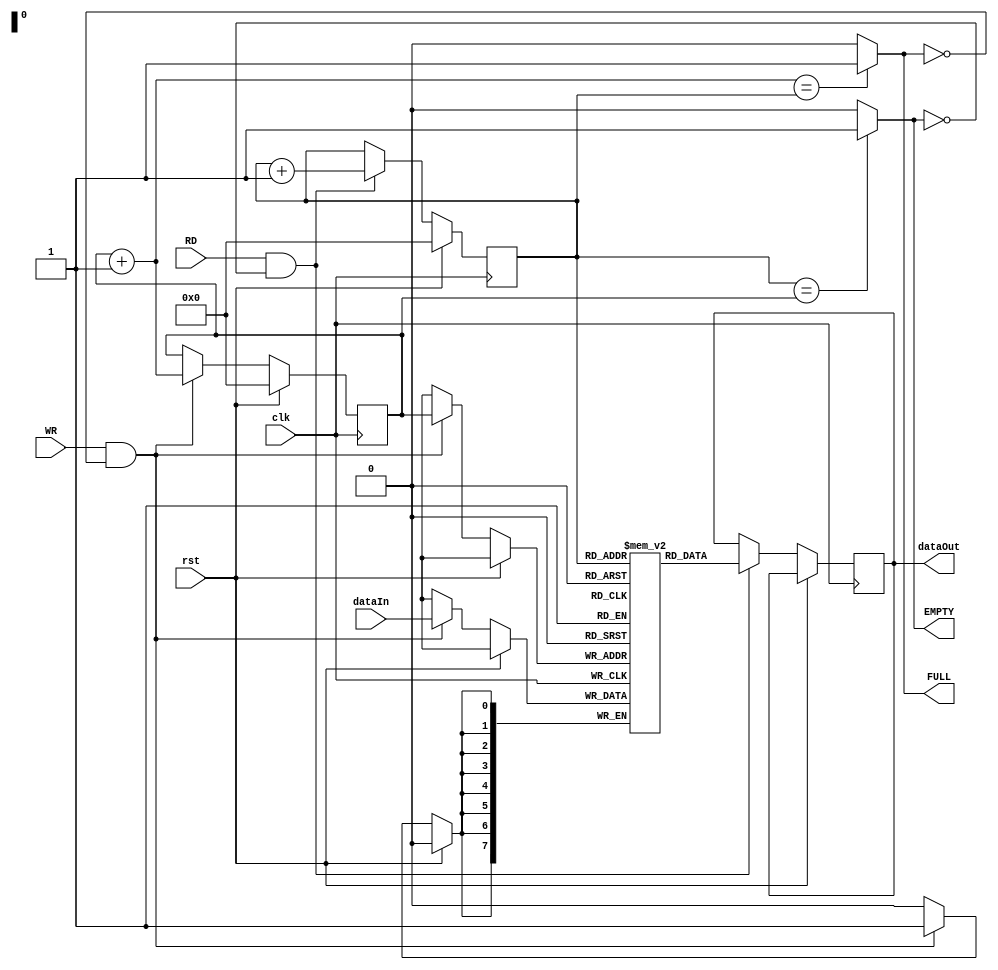
`timescale 1ns / 1ps
//////////////////////////////////////////////////////////////////////////////////
// Company: 
// Engineer: 
// 
// Design Name: 
// Module Name: IOFIFO16bit
// Project Name: 
// Target Devices: 
// Tool Versions: 
// Description: 
// 
// Dependencies: 
// 
// Revision:
// Revision 0.01 - File Created
// Additional Comments:
// 
//////////////////////////////////////////////////////////////////////////////////


module inputFIFO8bit(
    input clk,
    input [7:0] dataIn,
    input RD,
    input WR,
    input rst,
    output reg [7:0] dataOut,
    output EMPTY,
    output FULL
    );
    
    wire [7:0] nextWrite;
    reg [7:0] FIFO [255:0];
    reg [7:0] readIndex = 0; 
    reg [7:0] writeIndex = 0;
    
    assign nextWrite = writeIndex + 1;
    assign EMPTY = (readIndex == writeIndex)? 1'b1:1'b0;
    assign FULL = (nextWrite == readIndex)? 1'b1:1'b0;
    
    always @(posedge clk) begin
        if ( rst ) begin 
            readIndex <= 0; 
            writeIndex <= 0;
        end
        else begin
        if ( RD == 1 && ~EMPTY ) begin
            dataOut <= FIFO[readIndex];
            readIndex <= readIndex + 1;
        end
        if ( WR == 1 && ~FULL ) begin
            FIFO[writeIndex] <= dataIn;
            writeIndex <= writeIndex + 1;
        end
        end
    end
    
    
endmodule